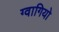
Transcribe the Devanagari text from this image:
ग्वागियो